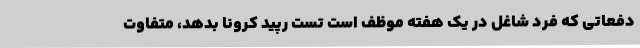
دفعاتی که فرد شاغل در یک هفته موظف است تست رپید کرونا بدهد، متفاوت